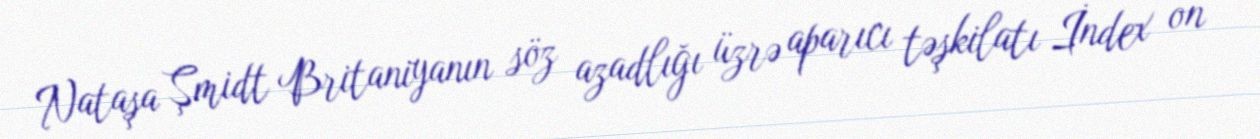
Nataşa Şmidt Britaniyanın söz azadlığı üzrə aparıcı təşkilatı İndex on